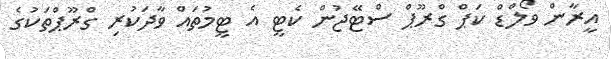
އީރާން ވޯލްޑް ކަޕް ގްރޫޕް ސްޓޭޖުން ކެޓީ އެ ޓީމުތައް ވާދަކުރި ގްރޫޕްތަކުގެ